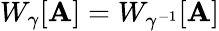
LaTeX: W_{\gamma}[\mathbf{A}]=W_{\gamma^{-1}}[\mathbf{A}]